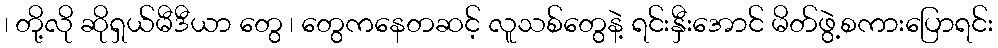
၊ တို့လို ဆိုရှယ်မီဒီယာ တွေ ၊ တွေကနေတဆင့် လူသစ်တွေနဲ့ ရင်းနှီးအောင် မိတ်ဖွဲ့စကားပြောရင်း